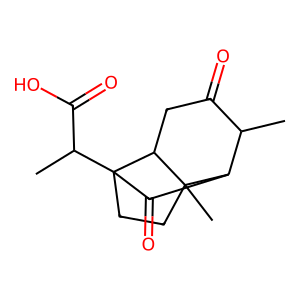
SMILES: CC1C(=O)CC2C3(C)CCC2(C(C)C(=O)O)C(=O)C13
Inhibits HIV replication: No